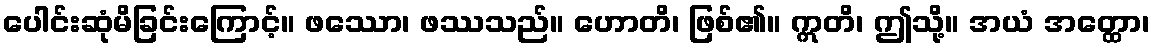
ပေါင်းဆုံမိခြင်းကြောင့်။ ဖဿော၊ ဖဿသည်။ ဟောတိ၊ ဖြစ်၏။ ဣတိ၊ ဤသို့။ အယံ အတ္ထော၊